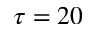
\tau = 2 0